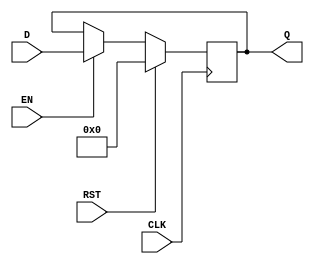
module REG #(parameter BITWIDTH = 32) (	
	input wire	CLK,
	input wire	RST,
	input wire	EN,
	input wire	[BITWIDTH - 1:0]	D,
	output reg	[BITWIDTH - 1:0]	Q
); // ???? ??(CLK), ??(RST), EN?, ??(D), ?? Q?? ??

	always @ (posedge CLK) // CLK??? ??????
	begin
		if (RST)		Q<=0; // ????? ??? ??? 0
		else if (EN)	Q<=D; // EN??? 1?? ??? ???
	end
endmodule